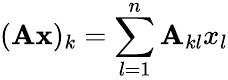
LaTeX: (\mathbf{A}{\mathbf{{x}}})_{k}=\sum_{l=1}^{n}\mathbf{A}_{kl}x_{l}